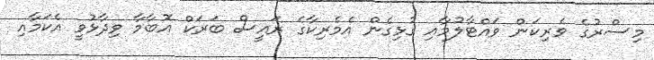
މިސްރުގެ ވެރިކަން ވައްޓާލުމާއި ގުޅިގެން އެމެރިކާގެ ރައީސް ބަރަކް އޮބާމާ ވިދާޅުވީ އެކަމާއި